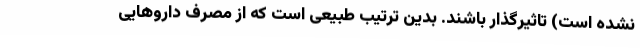
نشده است) تاثیرگذار باشند. بدین ترتیب طبیعی است که از مصرف داروهایی